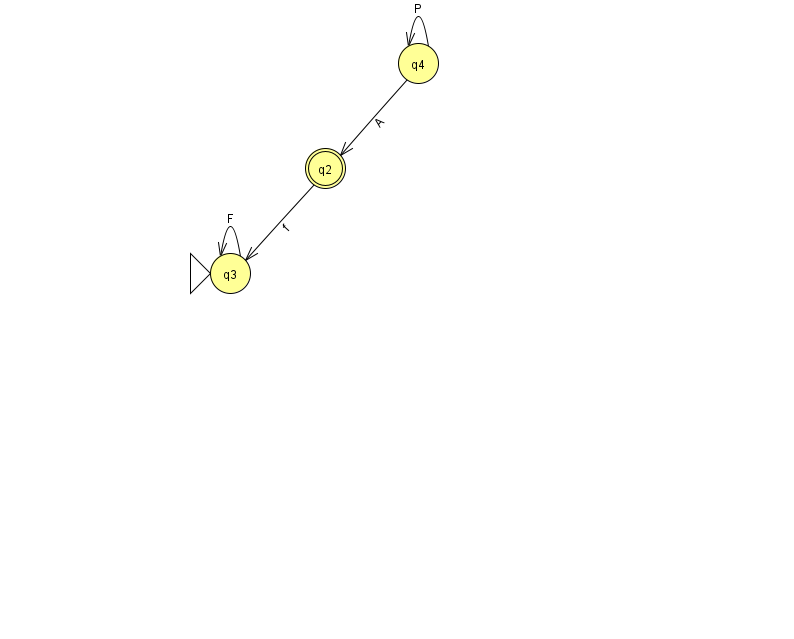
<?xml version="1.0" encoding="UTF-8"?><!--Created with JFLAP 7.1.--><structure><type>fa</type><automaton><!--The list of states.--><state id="2" name="q2"><x>325.0</x><y>155.0</y><final/></state><state id="3" name="q3"><x>230.0</x><y>260.0</y><initial/></state><state id="4" name="q4"><x>418.0</x><y>50.0</y></state><!--The list of transitions.--><transition><from>4</from><to>4</to><read>P</read></transition><transition><from>4</from><to>2</to><read>A</read></transition><transition><from>3</from><to>3</to><read>F</read></transition><transition><from>2</from><to>3</to><read>f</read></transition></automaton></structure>